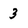
Character: 3